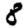
Digit: 8